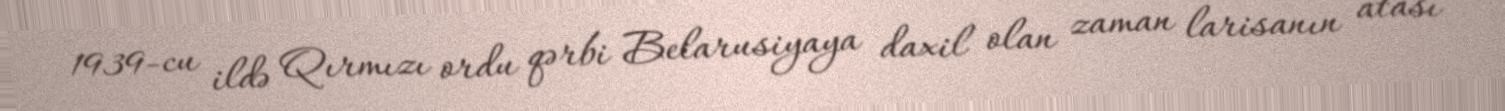
1939-cu ildə Qırmızı ordu qərbi Belarusiyaya daxil olan zaman larisanın atası